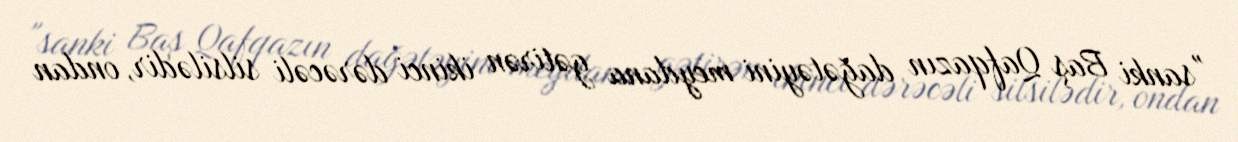
"sanki Baş Qafqazın dağətəyini meydana gətirən ikinci dərəcəli silsilədir, ondan